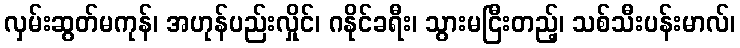
လှမ်းဆွတ်မကုန်၊ အဟုန်ပည်းလှိုင်၊ ဂနိုင်ခရီး၊ သွားမငြီးတည့်၊ သစ်သီးပန်းမာလ်၊